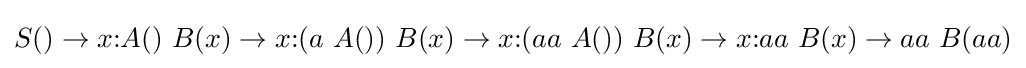
S()\to x{\text{:}}A()\ B(x)\to x{\text{:}}(a\ A())\ B(x)\to x{\text{:}}(aa\ A())\ B(x)\to x{\text{:}}aa\ B(x)\to aa\ B(aa)